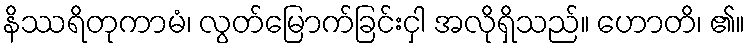
နိဿရိတုကာမံ၊ လွတ်မြောက်ခြင်းငှါ အလိုရှိသည်။ ဟောတိ၊ ၏။